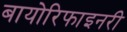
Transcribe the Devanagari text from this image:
बायोरिफाइनरी